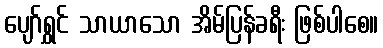
ပျော်ရွှင် သာယာသော အိမ်ပြန်ခရီး ဖြစ်ပါစေ။